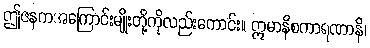
ဤဇနကအကြောင်းမျိုးတို့ကိုလည်းကောင်း။ ဣမာနိစကာရဏာနိ၊